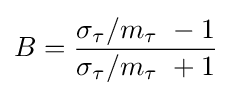
B={\frac {\sigma _{\tau }/m_{\tau }\ -1}{\sigma _{\tau }/m_{\tau }\ +1}}